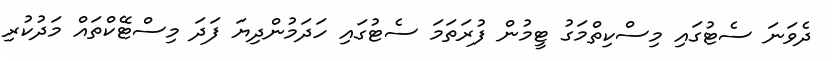
ދެވަނަ ސެޓުގައި މިސްކިތްމަގު ޓީމުން ފުރަތަމަ ސެޓުގައި ހަދަމުންދިޔަ ފަދަ މިސްޓޭކްތައް މަދުކުރި